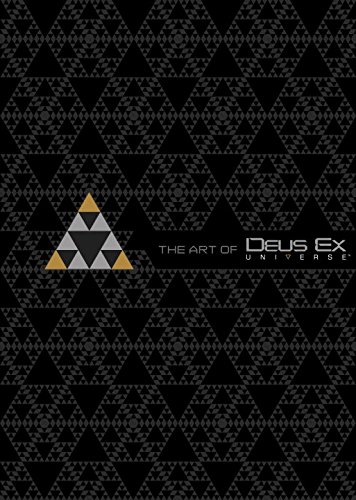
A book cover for The Art of Deus Ex Universe; Paul Davies; Arts & Photography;